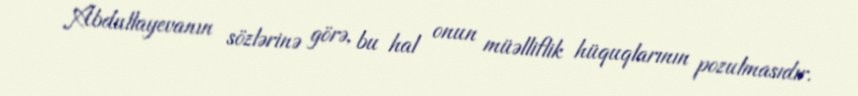
Abdullayevanın sözlərinə görə, bu hal onun müəlliflik hüquqlarının pozulmasıdır.